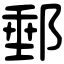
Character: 郵